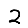
Digit: 2